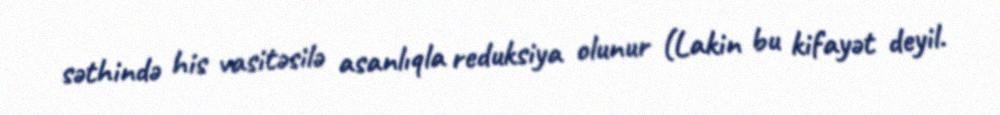
səthində his vasitəsilə asanlıqla reduksiya olunur (Lakin bu kifayət deyil.